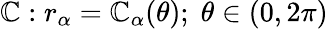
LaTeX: \mathbb{C}:r_{\alpha}=\mathbb{C}_{\alpha}(\theta);\; \theta\in(0,2\pi)